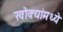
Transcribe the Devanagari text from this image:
खोक्यांमध्ये